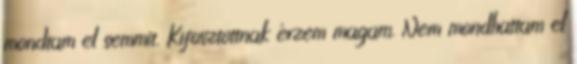
mondtam el semmit. Kifosztottnak érzem magam. Nem mondhattam el